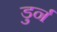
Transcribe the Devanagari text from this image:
डुर्न